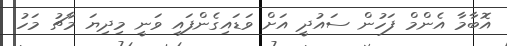
އޮބާމާ އެންމް ފަހުން ސައުދީ އަށް ވަޑައިގެންފައި ވަނީ މިދިޔަ މާޗު މަހު